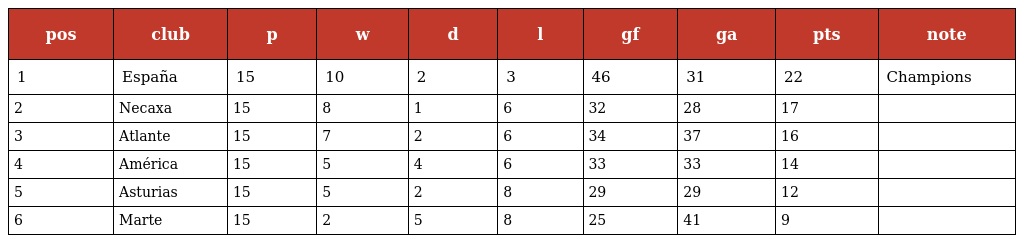
| pos | club | p | w | d | l | gf | ga | pts | note |
 | --- | --- | --- | --- | --- | --- | --- | --- | --- | --- |
 | 1 | España | 15 | 10 | 2 | 3 | 46 | 31 | 22 | Champions |
 | 2 | Necaxa | 15 | 8 | 1 | 6 | 32 | 28 | 17 |  |
 | 3 | Atlante | 15 | 7 | 2 | 6 | 34 | 37 | 16 |  |
 | 4 | América | 15 | 5 | 4 | 6 | 33 | 33 | 14 |  |
 | 5 | Asturias | 15 | 5 | 2 | 8 | 29 | 29 | 12 |  |
 | 6 | Marte | 15 | 2 | 5 | 8 | 25 | 41 | 9 |  |